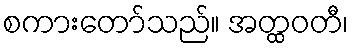
စကားတော်သည်။ အတ္ထဝတီ၊